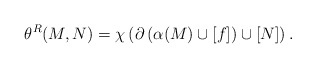
\begin{align*} \theta^R(M,N) = \chi\left(\partial\left(\alpha(M) \cup [f]\right) \cup [N]\right).\end{align*}